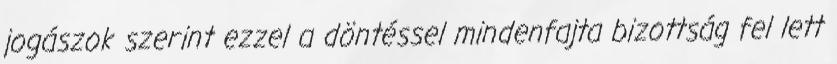
jogászok szerint ezzel a döntéssel mindenfajta bizottság fel lett